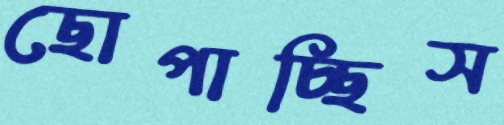
ছোপাচ্ছিস